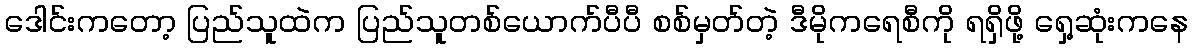
ဒေါင်းကတော့ ပြည်သူထဲက ပြည်သူတစ်ယောက်ပီပီ စစ်မှတ်တဲ့ ဒီမိုကရေစီကို ရရှိဖို့ ရှေ့ဆုံးကနေ